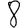
Digit: 8